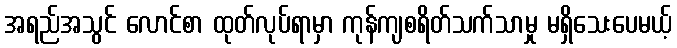
အရည်အသွင် လောင်စာ ထုတ်လုပ်ရာမှာ ကုန်ကျစရိတ်သက်သာမှု မရှိသေးပေမယ့်